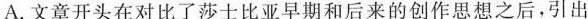
A.文章开头在对比了莎士比亚早期和后来的创作思想之后，引出